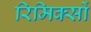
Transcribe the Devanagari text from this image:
रिमिक्सों